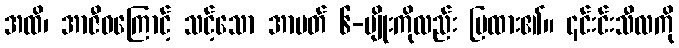
အထိ၊ အာဇီဝကြောင့် သင့်သော အာပတ် ၆-မျိုးကိုလည်း ပြထား၏။ ၎င်းင်းသီလကို